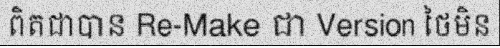
ពិតជាបាន Re-Make ជា Version ថៃមិន